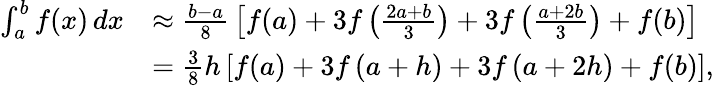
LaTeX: {\begin{array}{rl}{\int_{a}^{b}f(x)\, dx}&{\approx{\frac{b-a}{8}}\left[f(a)+3f\left({\frac{2a+b}{3}}\right)+3f\left({\frac{a+2b}{3}}\right)+f(b)\right]}\\ &{={\frac{3}{8}}h\left[f(a)+3f\left(a+h\right)+3f\left(a+2h\right)+f(b)\right],}\end{array}}